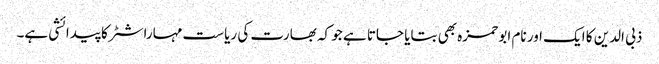
ذبی الدین کا ایک اور نام ابو حمزہ بھی بتایا جاتا ہے جو کہ بھارت کی ریاست مہاراشٹر کا پیدائشی ہے۔